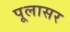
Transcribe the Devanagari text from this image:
पूलासर